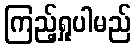
ကြည့်ရှုပါမည်